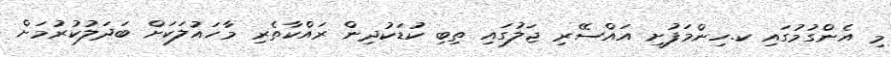
މި އެންގުމުގައި ކ.ހިންމަފުށީ އައްސޭރި ޖަލުގައި ތިބި ކުޑަކުދިން ރައްކާތެރި މާހައުލަކަށް ބަދަލުކުރުމަށް